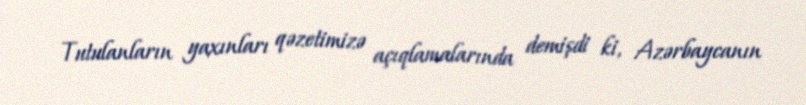
Tutulanların yaxınları qəzetimizə açıqlamalarında demişdi ki, Azərbaycanın